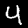
Label: 4